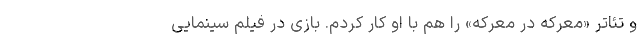
و تئاتر «معرکه در معرکه» را هم با او کار کردم. بازی در فیلم سینمایی